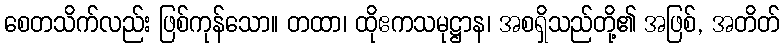
စေတသိက်လည်း ဖြစ်ကုန်သော။ တထာ၊ ထိုဧကသမုဋ္ဌာန၊ အစရှိသည်တို့၏ အဖြစ်, အတိတ်